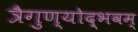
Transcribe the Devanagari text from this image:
त्रैगुण्योद्भवम्